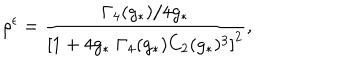
LaTeX: \rho ^ { \epsilon } = \frac { \Gamma _ { 4 } ( g _ { * } ) / 4 g _ { * } } { \left[ 1 + 4 g _ { * } \; \Gamma _ { 4 } ( g _ { * } ) C _ { 2 } ( g _ { * } ) ^ { 3 } \right] ^ { 2 } } ,